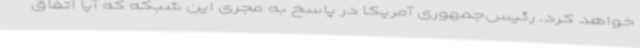
خواهد کرد. رئیس‌جمهوری آمریکا در پاسخ به مجری این شبکه که آیا اتفاق